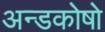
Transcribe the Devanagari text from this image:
अन्डकोषो